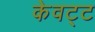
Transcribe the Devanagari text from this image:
केवट्ट